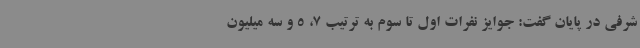
شرفی در پایان گفت: جوایز نفرات اول تا سوم به ترتیب 7، 5 و سه میلیون